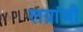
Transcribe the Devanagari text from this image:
लग्रांजी